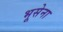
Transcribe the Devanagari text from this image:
भूसेना